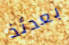
بعدئذ